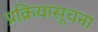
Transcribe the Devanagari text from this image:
प्रक्रियासूचना